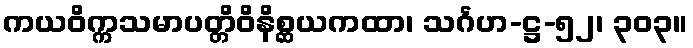
ကယဝိက္ကသမာပတ္တိဝိနိစ္ဆယကထာ၊ သင်္ဂဟ-ဋ္ဌ-၅၂၊ ၃၀၃။